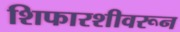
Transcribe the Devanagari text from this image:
शिफारशीवरून